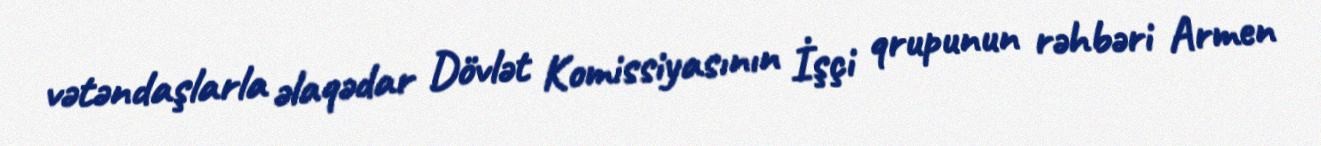
vətəndaşlarla əlaqədar Dövlət Komissiyasının İşçi qrupunun rəhbəri Armen